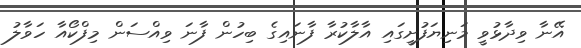
އޭނާ ވިދާޅުވީ މަނިޔަފުށީގައި އާލާކުރާ ފާނައިގެ ބިހުން ފާނަ ވިއްސަން މިފްކޯއާ ހަވާލު